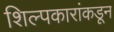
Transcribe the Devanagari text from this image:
शिल्पकारांकडून